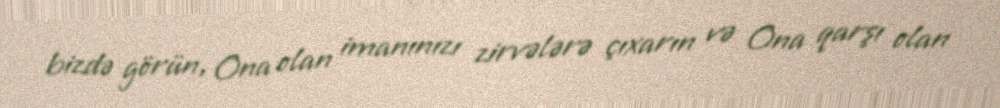
bizdə görün, Ona olan imanınızı zirvələrə çıxarın və Ona qarşı olan